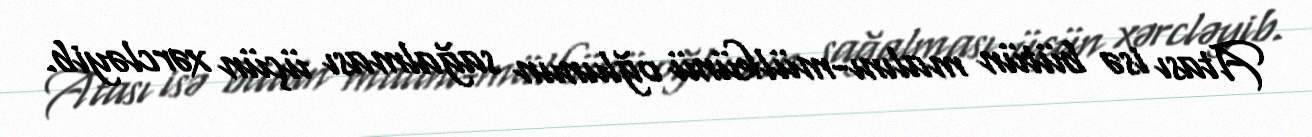
Atası isə bütün malını-mülkünü oğlunun sağalması üçün xərcləyib.